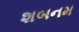
શબનમ